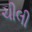
ચીલી